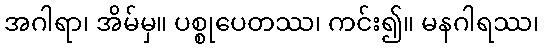
အဂါရာ၊ အိမ်မှ။ ပစ္စုပေတဿ၊ ကင်း၍။ မနဂါရဿ၊